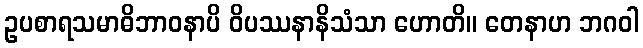
ဥပစာရသမာဓိဘာဝနာပိ ဝိပဿနာနိသံသာ ဟောတိ။ တေနာဟ ဘဂဝါ